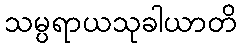
သမ္ပရာယသုခါယာတိ